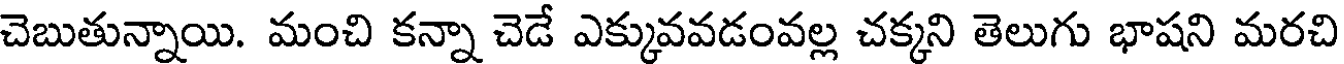
చెబుతున్నాయి. మంచి కన్నా చెడే ఎక్కువవడంవల్ల చక్కని తెలుగు భాషని మరచి